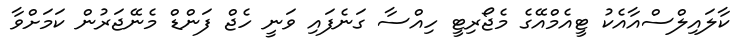
ކާލައިލްސްއާއެކު ޓީއެމްއޭގެ މެޖޯރިޓީ ހިއްސާ ގަނެފައި ވަނީ ހެޖް ފަންޑް މެނޭޖަރުން ކަމަށްވާ